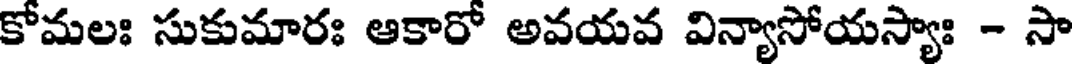
కోమలః సుకుమారః ఆకారో అవయవ విన్యాసోయస్యాః - సా